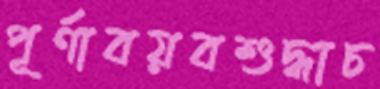
পূর্ণাবয়বশুদ্ধাচ